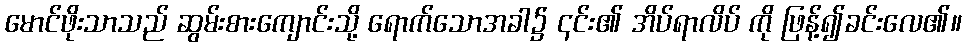
မောင်ဖိုးသာသည် ဆွမ်းစားကျောင်းသို့ ရောက်သောအခါ၌ ၎င်း၏ အိပ်ရာလိပ် ကို ဖြန့်၍ခင်းလေ၏။